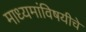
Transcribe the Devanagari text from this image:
माध्यमांविषयीचे